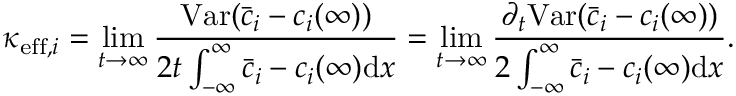
\kappa _ { \mathrm { e f f } , i } = \operatorname* { l i m } _ { t \rightarrow \infty } \frac { \mathrm { V a r } ( \bar { c } _ { i } - c _ { i } ( \infty ) ) } { 2 t \int _ { - \infty } ^ { \infty } \bar { c } _ { i } - c _ { i } ( \infty ) \mathrm { d } x } = \operatorname* { l i m } _ { t \rightarrow \infty } \frac { \partial _ { t } \mathrm { V a r } ( \bar { c } _ { i } - c _ { i } ( \infty ) ) } { 2 \int _ { - \infty } ^ { \infty } \bar { c } _ { i } - c _ { i } ( \infty ) \mathrm { d } x } .